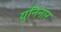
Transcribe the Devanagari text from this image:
युनिनार